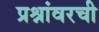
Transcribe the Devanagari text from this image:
प्रश्नांवरची